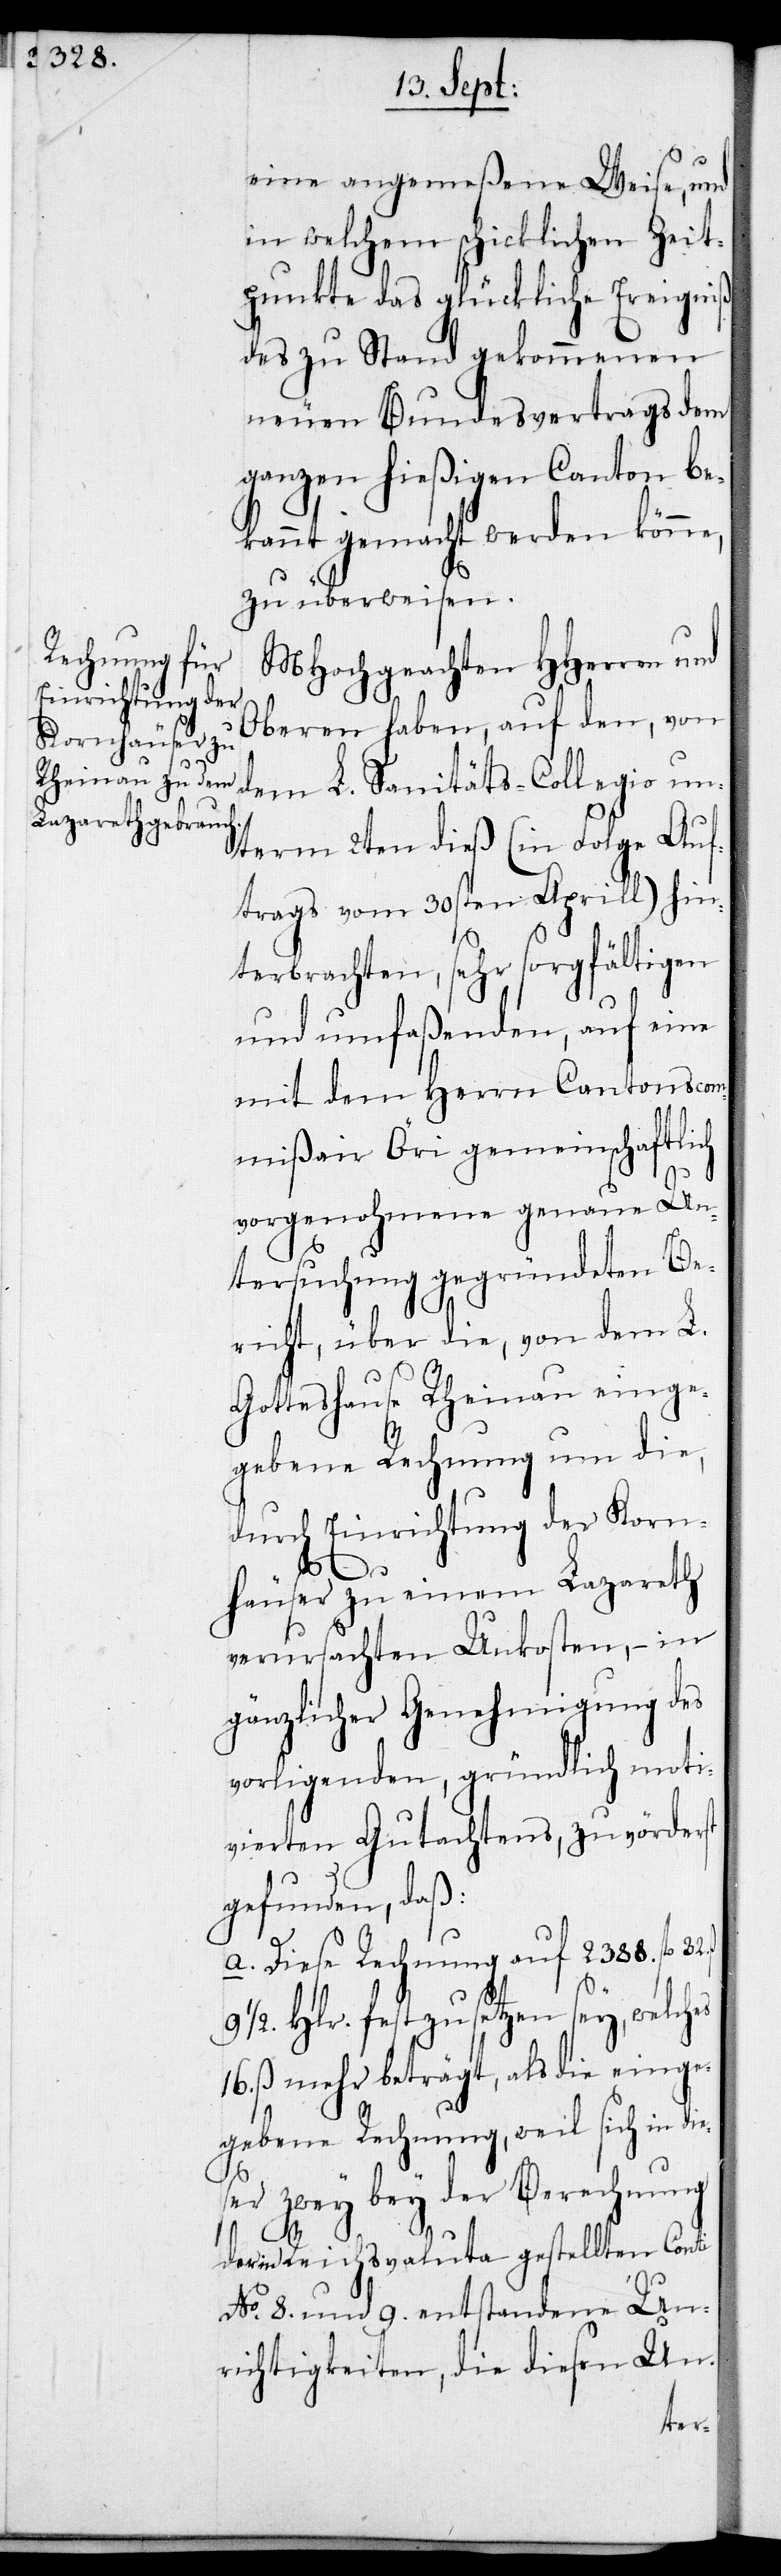
32. ß.

eine angemeßene Weise, und
in welchem schicklichen Zeit¬
punkte das glückliche Ereigniß
des zu Stand gekommenen
neuen Bundesvertrags dem
ganzen hießigen Canton be¬
kannt gemacht werden könne,
zu überweisen.
MHochgeachten HHerren und
Oberen haben, auf den, von
dem L. Sanitäts-Collegio un¬
term 2ten dieß (in Folge Auf¬
trags vom 30sten Aprill) hin¬
terbrachten, sehr sorgfältigen
und umfaßenden, auf eine
mit dem Herrn Cantonscom¬
mißair Öri gemeinschaftlich
vorgenohmene genaue Un¬
tersuchung gegründeten Be¬
richt, über die, von dem L.
Gotteshause Rheinau einge¬
gebene Rechnung um die,
durch Einrichtung der Korn¬
häuser zu einem Lazareth
verursachten Unkosten, – in
gänzlicher Genehmigung des
vorligenden, gründlich moti¬
vierten Gutachtens, zuvörderst
gefunden, daß:
a. Diese Rechnung auf 2388. fl.
9 ½ Hlr. festzusetzen sey, welches
16. ß. mehr beträgt, als die einge¬
gebene Rechnung, weil sich in di¬
er zwey bey der Berechnung
der in Reichsvaluta gestellten Conti
No. 8. und 9. entstandene Un¬
richtigkeiten, die diesen Un-
es¬